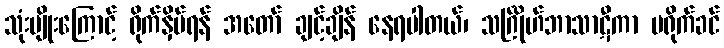
သုံးမျိုးကြောင့် ရိုက်နှိပ်ရန် အတော် ချင့်ချိန် နေရပါတယ်၊ သင်္ဂြိုဟ်ဘာသာဋီကာ မရိုက်ခင်